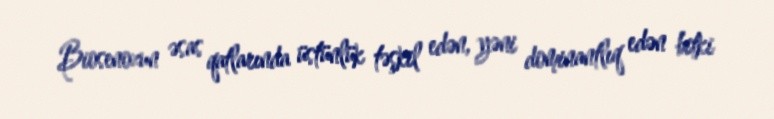
Biosenozun əsas qatlarında üstünlük təşkil edən, yəni dominantlıq edən bitki